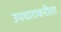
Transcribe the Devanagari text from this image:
उपचाराकरीता